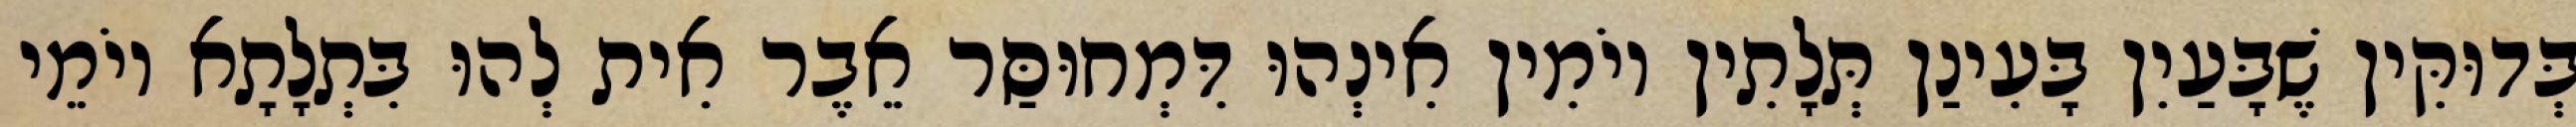
בְּדוּקִּין שֶׁבָּעַיִן בָּעִינַן תְּלָתִין יוֹמִין אִינְהוּ דִּמְחוּסַּר אֵבֶר אִית לְהוּ בִּתְלָתָא יוֹמֵי